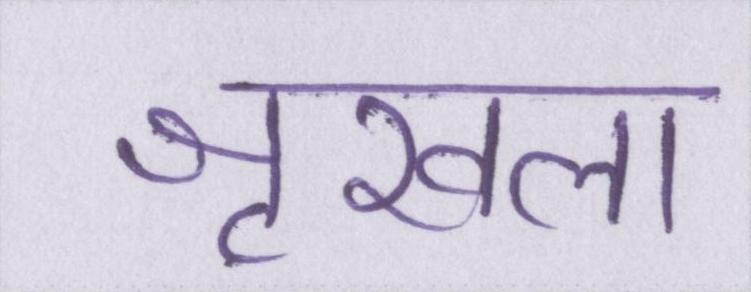
शृखला